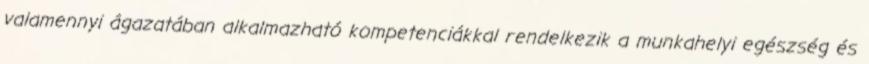
valamennyi ágazatában alkalmazható kompetenciákkal rendelkezik a munkahelyi egészség és